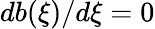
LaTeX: db(\xi)/d\xi=0